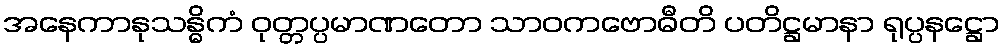
အနေကာနုသန္ဓိကံ ဝုတ္တပ္ပမာဏတော သာဝကဗောဓီတိ ပတိဋ္ဌမာနာ ရုပ္ပနဋ္ဌော